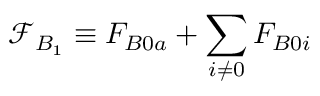
\mathcal { F } _ { B _ { 1 } } \equiv F _ { B 0 a } + \sum _ { i \neq 0 } F _ { B 0 i }